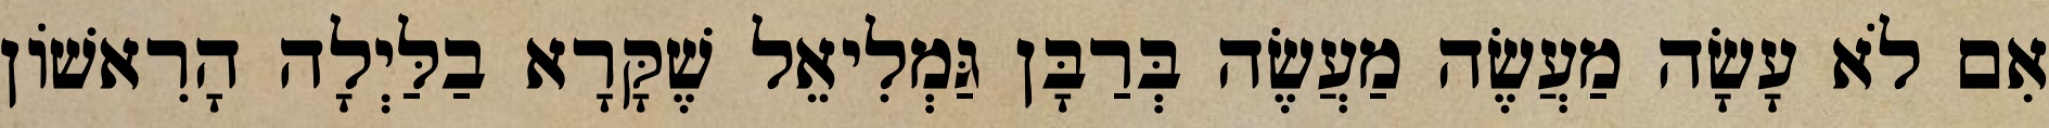
אִם לֹא עָשָׂה מַעֲשֶׂה מַעֲשֶׂה בְּרַבָּן גַּמְלִיאֵל שֶׁקָּרָא בַלַּיְלָה הָרִאשׁוֹן